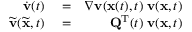
\begin{array} { r l r } { \dot { { \mathbf v } } ( t ) } & { { } = } & { \nabla { \mathbf v } ( { \mathbf x } ( t ) , t ) \; { \mathbf v } ( { \mathbf x } , t ) } \\ { \widetilde { { \mathbf v } } ( \widetilde { { \mathbf x } } , t ) } & { { } = } & { { \mathbf Q } ^ { { \mathrm T } } ( t ) \; { \mathbf v } ( { \mathbf x } , t ) } \end{array}